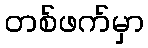
တစ်ဖက်မှာ